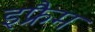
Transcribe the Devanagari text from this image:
इफ्रैम